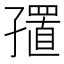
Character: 𪧁